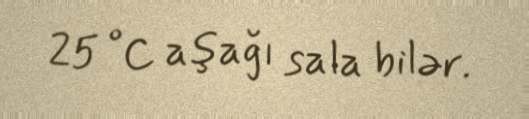
25 °C aşağı sala bilər.